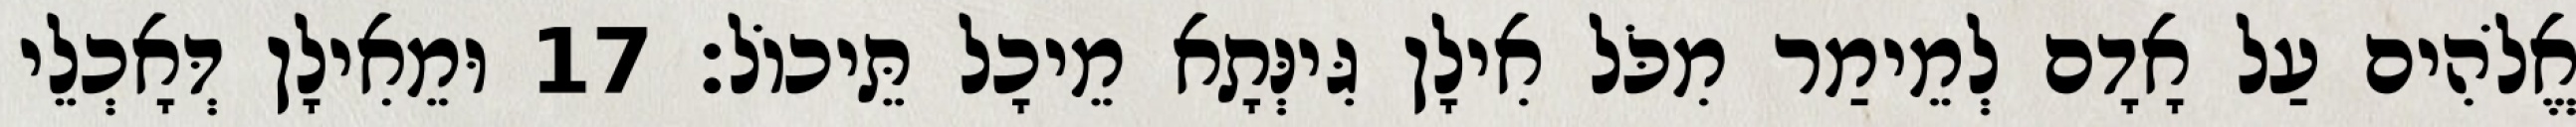
אֱלֹהִים עַל אָדָם לְמֵימַר מִכֹּל אִילָן גִּינְּתָא מֵיכָל תֵּיכוֹל׃ 17 וּמֵאִילָן דְּאָכְלֵי